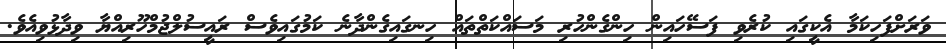
ވަރަށްފަހިކަމާ އެކީގައި ކުރެވި ފަސޭހައިން ހިންގެންހުރި މަސައްކަތްތައް ހިނގައިގެންދާނެ ކަމުގައިވެސް ރައީސުލްޖުމްހޫރިއްޔާ ވިދާޅުވިއެވެ.